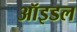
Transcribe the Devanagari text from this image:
ऑइडल